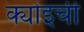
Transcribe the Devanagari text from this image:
क्योइची